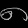
Digit: ၈